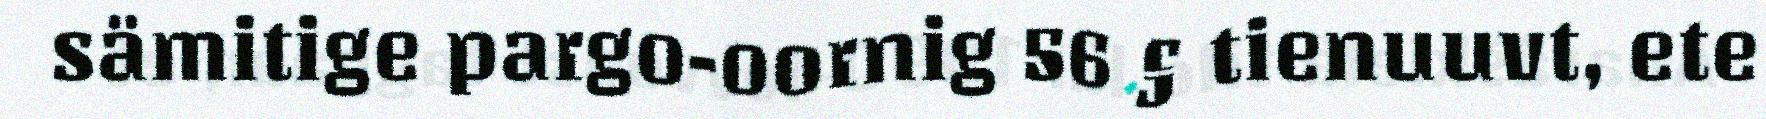
sämitige pargo-oornig 56 § tienuuvt, ete